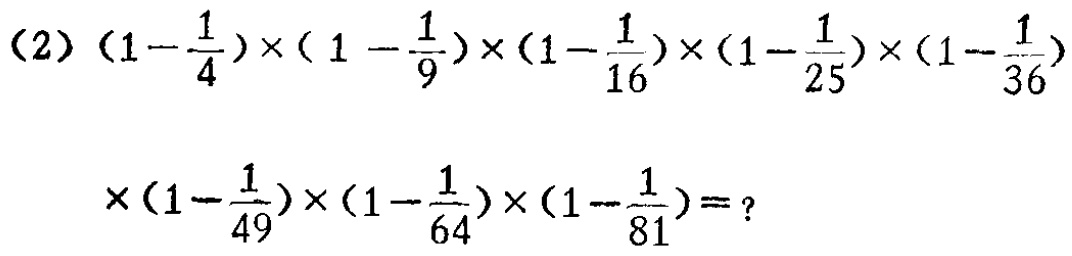
\((2)\ (1 - \frac{1}{4})\times(1 - \frac{1}{9})\times(1 - \frac{1}{16})\times(1 - \frac{1}{25})\times(1 - \frac{1}{36})\times(1 - \frac{1}{49})\times(1 - \frac{1}{64})\times(1 - \frac{1}{81}) =?\)